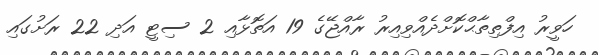
ހަވީރު އިފްތިތާޙްކޮށްދެއްވިއިރު ރާއްޖޭގެ 19 އަތޮޅާއި 2 ސިޓީ އަދި 22 ރަށުގައި